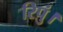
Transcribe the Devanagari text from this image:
रिपुं।